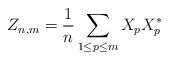
\begin{align*}Z_{n,m}=\frac{1}{n} \sum_{1\le p\le m} X_pX_p^*\end{align*}